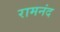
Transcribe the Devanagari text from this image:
रामनंद